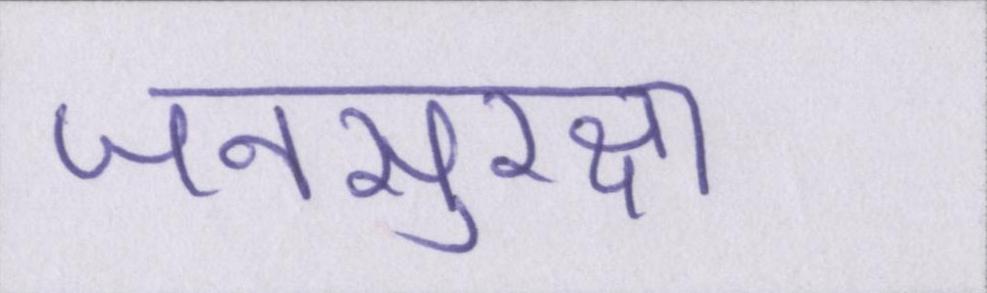
जनसुरक्षा